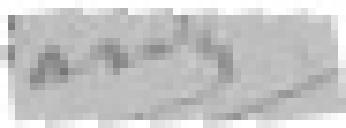
BARDY?